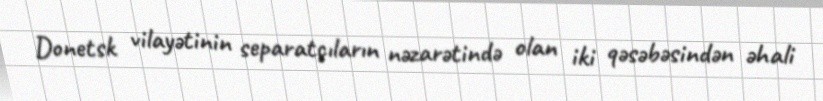
Donetsk vilayətinin separatçıların nəzarətində olan iki qəsəbəsindən əhali